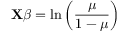
\mathbf { X } { \boldsymbol { \beta } } = \ln \left( { \frac { \mu } { 1 - \mu } } \right) \,